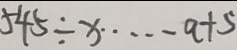
5 4 5 \div x \cdots a + 5